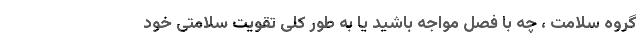
گروه سلامت ، چه با فصل مواجه باشید یا به طور کلی تقویت سلامتی خود